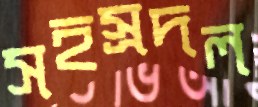
সহস্রদল